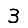
Digit: 3